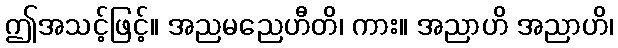
ဤအသင့်ဖြင့်။ အညမညေဟီတိ၊ ကား။ အညာဟိ အညာဟိ၊